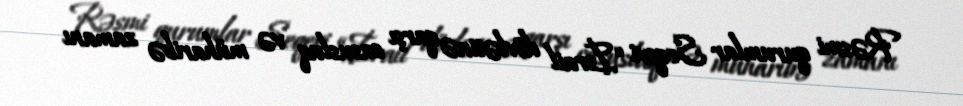
Rəsmi qurumlar Seqevi “İsrail dövlətinə qarşı casusluq və müharibə zamanı